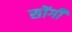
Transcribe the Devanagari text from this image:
सोंगी